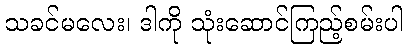
သခင်မလေး၊ ဒါကို သုံးဆောင်ကြည့်စမ်းပါ